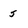
Character: s